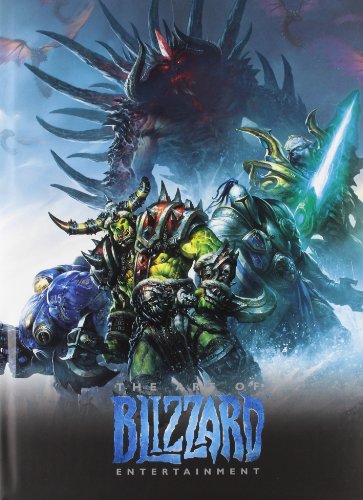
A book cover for The Art of Blizzard Entertainment; Nick Carpenter; Arts & Photography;